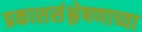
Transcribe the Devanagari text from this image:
प्रकाशसंश्लेषणाच्या